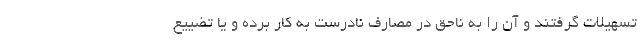
تسهیلات گرفتند و آن را به ناحق در مصارف نادرست به کار برده و یا تضییع